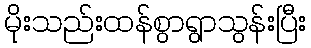
မိုးသည်းထန်စွာရွာသွန်းပြီး